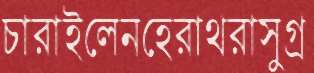
চারাইলেনহেরাথরাসুগ্র